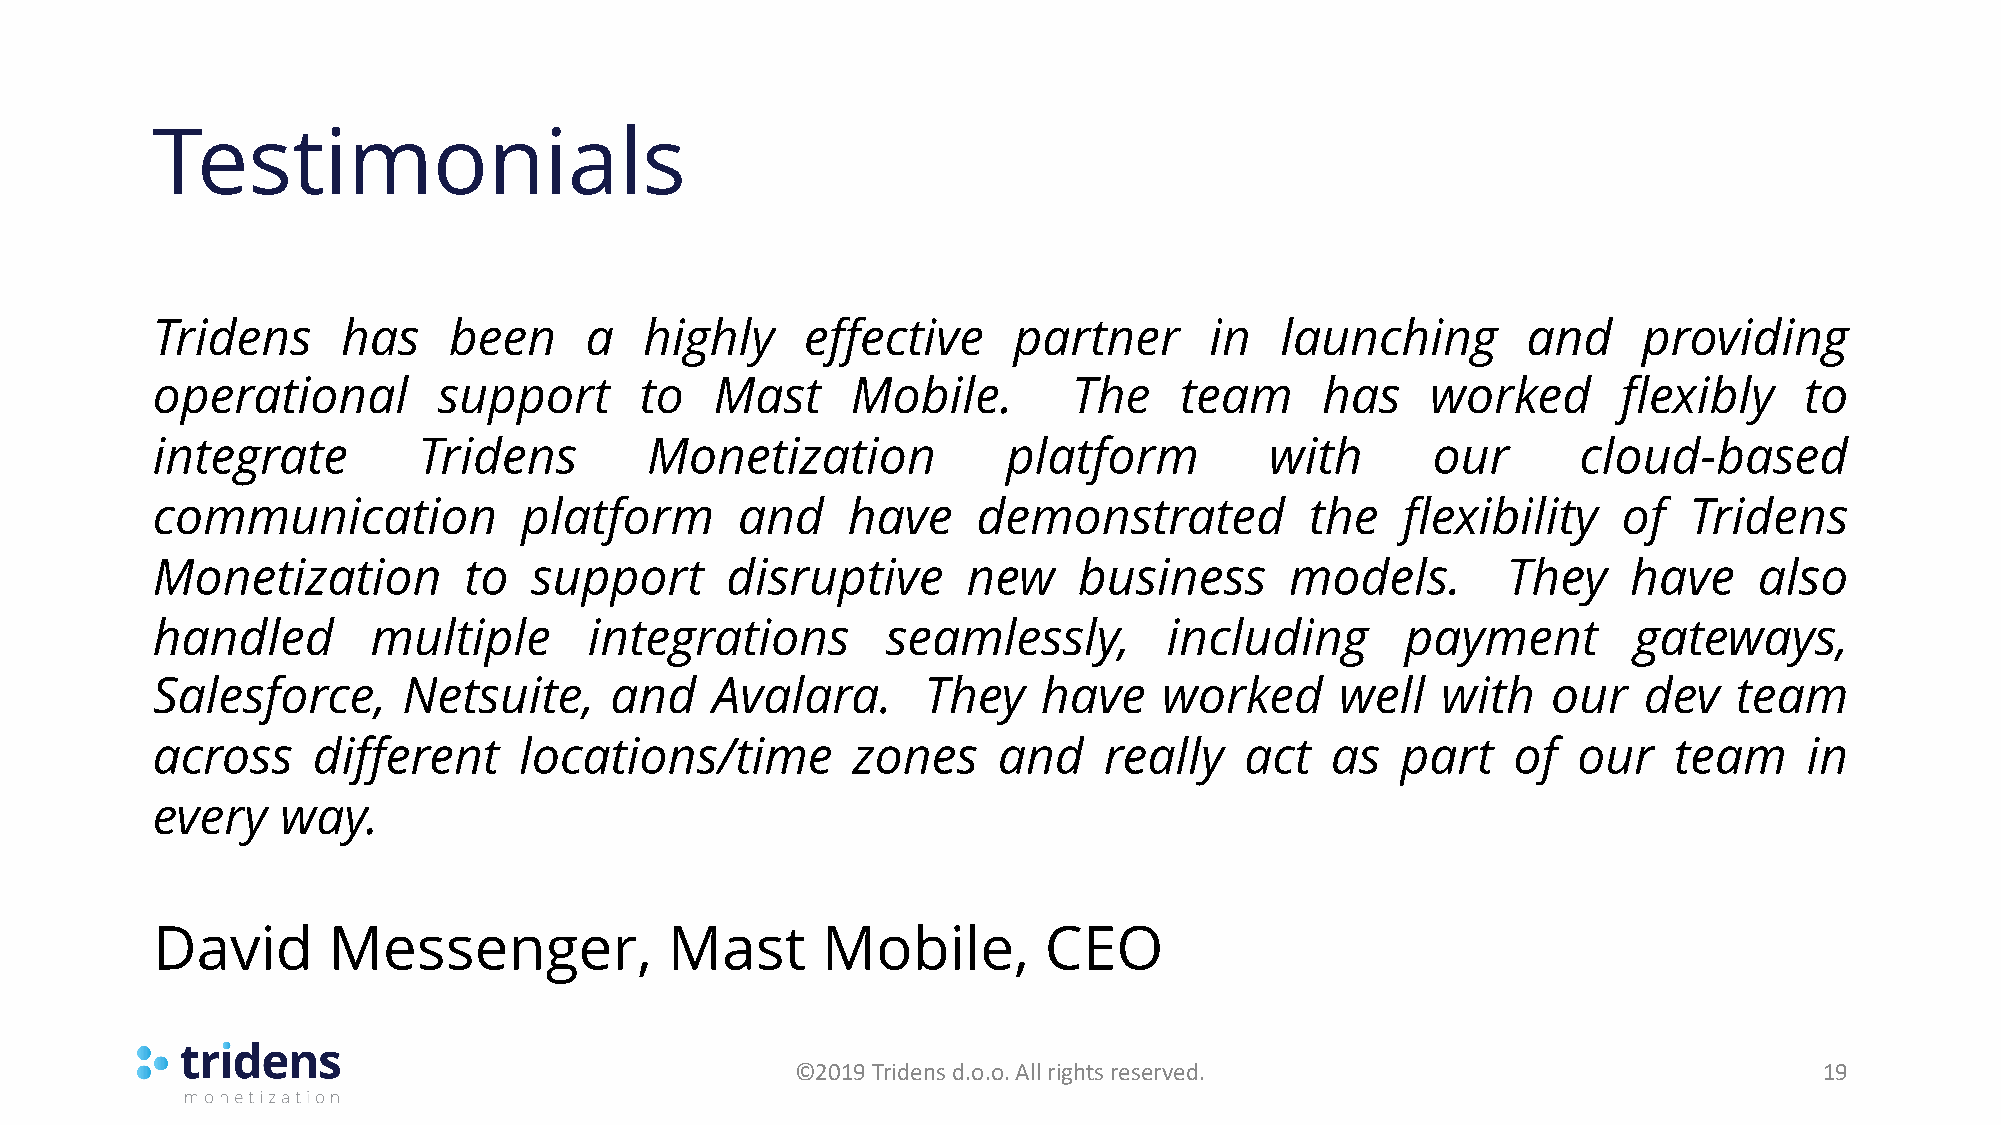
Testimonials
 Tridens      has    been     a   highly    effective     partner      in   launching       and     providing
 operational        support      to   Mast     Mobile.        The    team     has     worked      flexibly    to
 integrate         Tridens        Monetization            platform         with       our       cloud-based
 communication           platform       and    have     demonstrated          the   flexibility   of   Tridens
 Monetization         to  support      disruptive      new    business      models.        They    have    also
 handled        multiple      integrations        seamlessly,       including       payment        gateways,
 Salesforce,      Netsuite,    and    Avalara.      They    have    worked      well  with    our   dev   team
 across     different    locations/time        zones     and    really   act   as   part   of  our    team     in
 every    way.
 David       Messenger,            Mast      Mobile,        CEO
 ©2019 Tridens d.o.o. All rights reserved.                           19